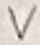
Text: V